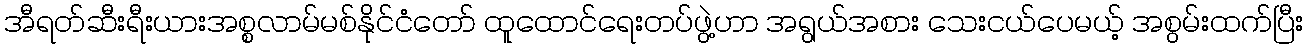
အီရတ်ဆီးရီးယားအစ္စလာမ်မစ်နိုင်ငံတော် ထူထောင်ရေးတပ်ဖွဲ့ဟာ အရွယ်အစား သေးငယ်ပေမယ့် အစွမ်းထက်ပြီး